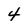
Character: 4